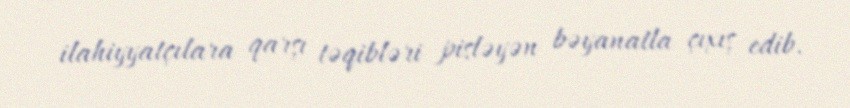
ilahiyyatçılara qarşı təqibləri pisləyən bəyanatla çıxış edib.